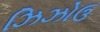
ઝિઝોઉ